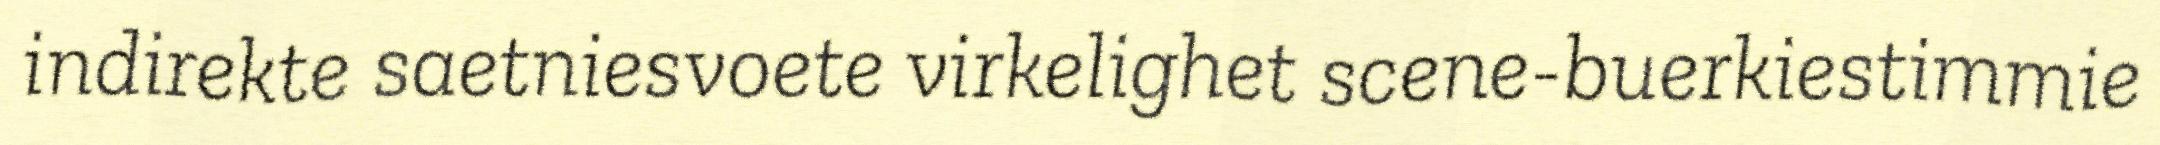
indirekte saetniesvoete virkelighet scene-buerkiestimmie